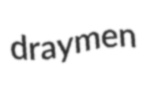
draymen